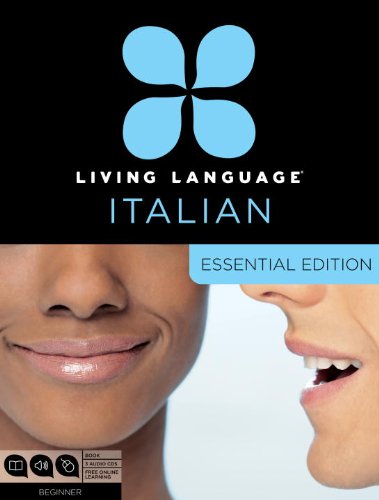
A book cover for Living Language Italian, Essential Edition: Beginner course, including coursebook, 3 audio CDs, and free online learning; Living Language; Education & Teaching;